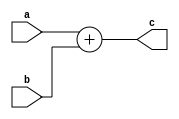
module PC_Adder (a,b,c);

    input [31:0]a,b;
    output [31:0]c;

    assign c = a + b;
    
endmodule